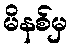
မိနစ်မှ